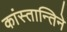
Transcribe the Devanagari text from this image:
कांस्तान्तिने